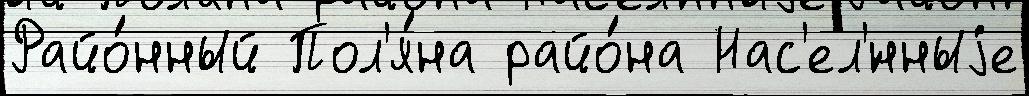
Райо́нный Пол'я́на райо́на Нас'ел'́нныjе